Lunatic asylums United Provinces 1899-1908 - 1899-1908
Year: 1899
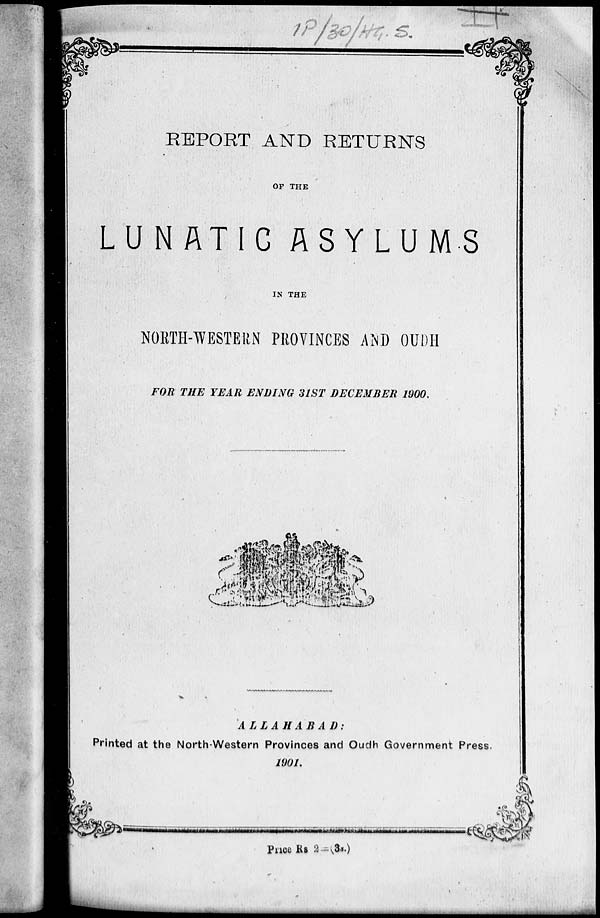
REPORT AND RETURNS
OF THE
LUNATIC ASYLUMS
IN THE
NORTH-WESTERN PROVINCES AND OUDH
FOR THE YEAR ENDING 31ST DECEMBER 1900.
ALLAHABAD:
Printed at the North-Western Provinces and Oudh Government Press.
1901.
Price Rs 2=(3s.)